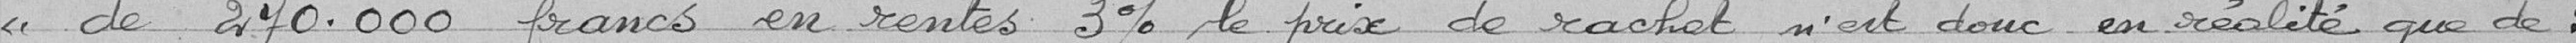
« de 270.000 francs en rentes 3%, le prix de rachat n'est donc en réalité que de :